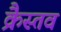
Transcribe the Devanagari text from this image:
क्रैस्तव